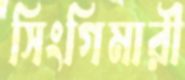
সিংগিমারী